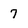
Character: 7